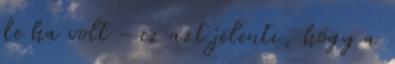
de ha volt - ez azt jelenti, hogy a